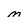
Character: M